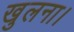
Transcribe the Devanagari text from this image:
खुलना।